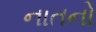
નાતનો